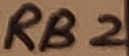
Text: RB2